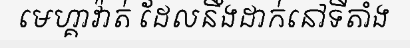
មេហ្គាវ៉ាត់ ដែលនឹងដាក់នៅទីតាំង